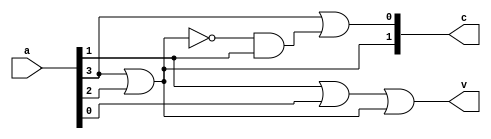
module lzc_4
(
	input [3:0] a,
	output [1:0] c,
	output v
);
	wire a0;
	wire a1;
	wire a2;
	wire a3;

	wire s0;
	wire s1;
	wire s2;
	wire s3;
	wire s4;

	assign a0 = a[0];
	assign a1 = a[1];
	assign a2 = a[2];
	assign a3 = a[3];

	assign s0 = a3 | a2;
	assign s1 = a1 | a0;
	assign s2 = s1 | s0;
	assign s3 = (~ s0) & a1;
	assign s4 = a3 | s3;

	assign v = s2;
	assign c[0] = s4;
	assign c[1] = s0;

endmodule